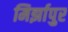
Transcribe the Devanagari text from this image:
मिर्झापुर